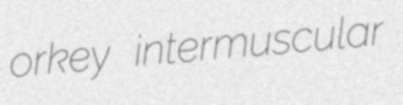
orkey intermuscular